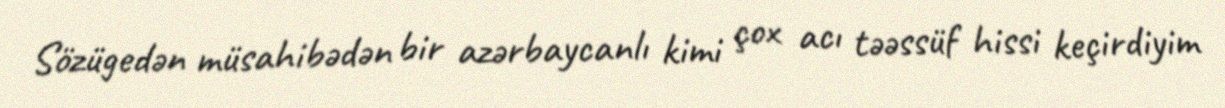
Sözügedən müsahibədən bir azərbaycanlı kimi çox acı təəssüf hissi keçirdiyim